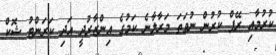
ކުރުމާއި ރޭޕް ކުރުން ނުވަތަ މަރާލާނެ ކަމުގެ އިންޒާރުދީ އަދި ކަރަންޓު ޝޮކް